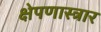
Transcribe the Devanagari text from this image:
क्षेपणास्त्रार